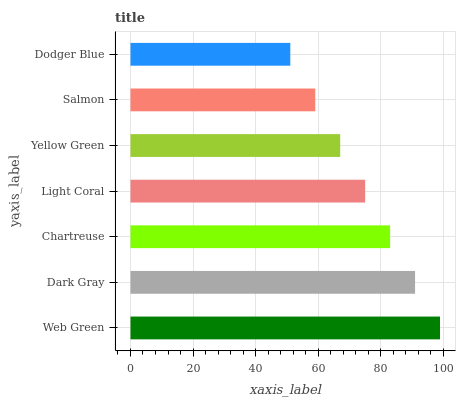
| yaxis_label | bars |
 | --- | --- |
 | Web Green | 99 |
 | Dark Gray | 91 |
 | Chartreuse | 83 |
 | Light Coral | 75.1 |
 | Yellow Green | 67.1 |
 | Salmon | 59.1 |
 | Dodger Blue | 51.1 |